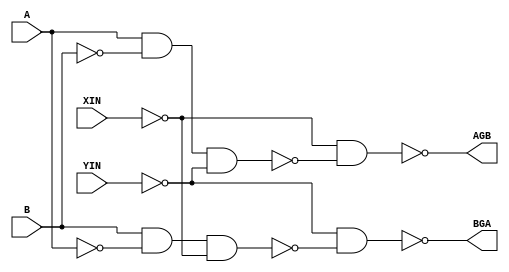
//------------------------------------------------------
// Copyright 1992, 1993 Cascade Design Automation Corporation.
//------------------------------------------------------
module dpmcomp(A,B,XIN,YIN,AGB,BGA);
  parameter BIT = 0;
  parameter COLINST = "0";
  parameter GROUP = "dpath1";
  parameter
        d_A_r = 0,
        d_A_f = 0,
        d_B_r = 0,
        d_B_f = 0,
        d_XIN_r = 0,
        d_XIN_f = 0,
        d_YIN_r = 0,
        d_YIN_f = 0,
        d_AGB_r = 1,
        d_AGB_f = 1,
        d_BGA_r = 1,
        d_BGA_f = 1;
  input  A;
  input  B;
  input  XIN;
  input  YIN;
  output  AGB;
  output  BGA;
  wire  A_temp;
  wire  B_temp;
  wire  XIN_temp;
  wire  YIN_temp;
  reg  AGB_temp;
  reg  BGA_temp;
  assign #(d_A_r,d_A_f) A_temp = A;
  assign #(d_B_r,d_B_f) B_temp = B;
  assign #(d_XIN_r,d_XIN_f) XIN_temp = XIN;
  assign #(d_YIN_r,d_YIN_f) YIN_temp = YIN;
  assign #(d_AGB_r,d_AGB_f) AGB = AGB_temp;
  assign #(d_BGA_r,d_BGA_f) BGA = BGA_temp;
  always
    @(XIN_temp or YIN_temp or A_temp or B_temp)
      begin
      AGB_temp = ( ~ (( ~ XIN_temp) & ( ~ ((A_temp & ( ~ B_temp)) & ( ~ YIN_temp)))));
      BGA_temp = ( ~ (( ~ YIN_temp) & ( ~ ((B_temp & ( ~ A_temp)) & ( ~ XIN_temp)))));
      end
endmodule